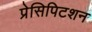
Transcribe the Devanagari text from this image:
प्रेसिपिटशन